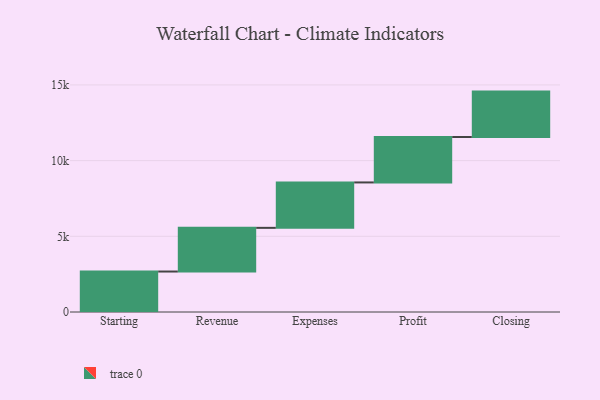
{"axis": {"x": "Step", "y": "Value"}, "legend": [""], "data": [{"x": "Starting", "y": 2673.0, "type": ""}, {"x": "Revenue", "y": 2885.0, "type": ""}, {"x": "Expenses", "y": 3000, "type": ""}, {"x": "Profit", "y": 3000, "type": ""}, {"x": "Closing", "y": 3000, "type": ""}]}